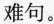
难句。